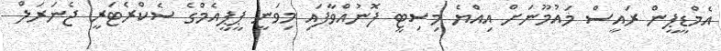
އެމްޑީޕީން ރައީސް މައުމޫނަށް އިއްޔެ މިސިޓީ ފޮނުއްވާފައި މިވަނީ ޕީޕީއެމްގެ ސެކްރެޓަރީ ޖެނަރަލް